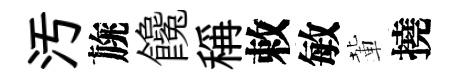
汚旐饞稱敕敏輩撓